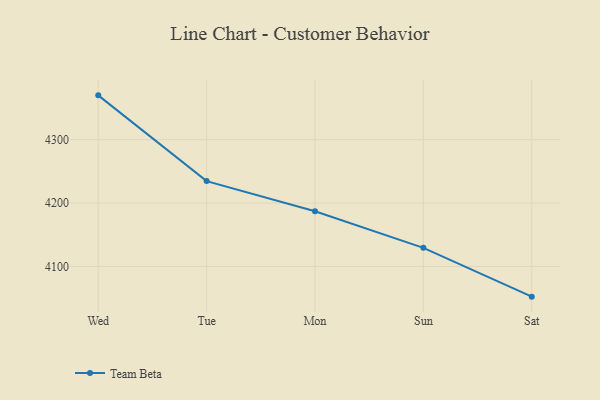
{"axis": {"x": "Day", "y": "Budget (USD K)"}, "legend": ["Team Beta"], "data": [{"x": "Wed", "y": 4369.7, "type": "Team Beta"}, {"x": "Tue", "y": 4234.6, "type": "Team Beta"}, {"x": "Mon", "y": 4187.1, "type": "Team Beta"}, {"x": "Sun", "y": 4129.5, "type": "Team Beta"}, {"x": "Sat", "y": 4052.6, "type": "Team Beta"}]}